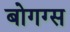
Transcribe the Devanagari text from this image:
बोगग्स